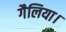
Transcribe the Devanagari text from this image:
गैलिया।